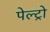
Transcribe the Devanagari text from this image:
पेल्ट्रो